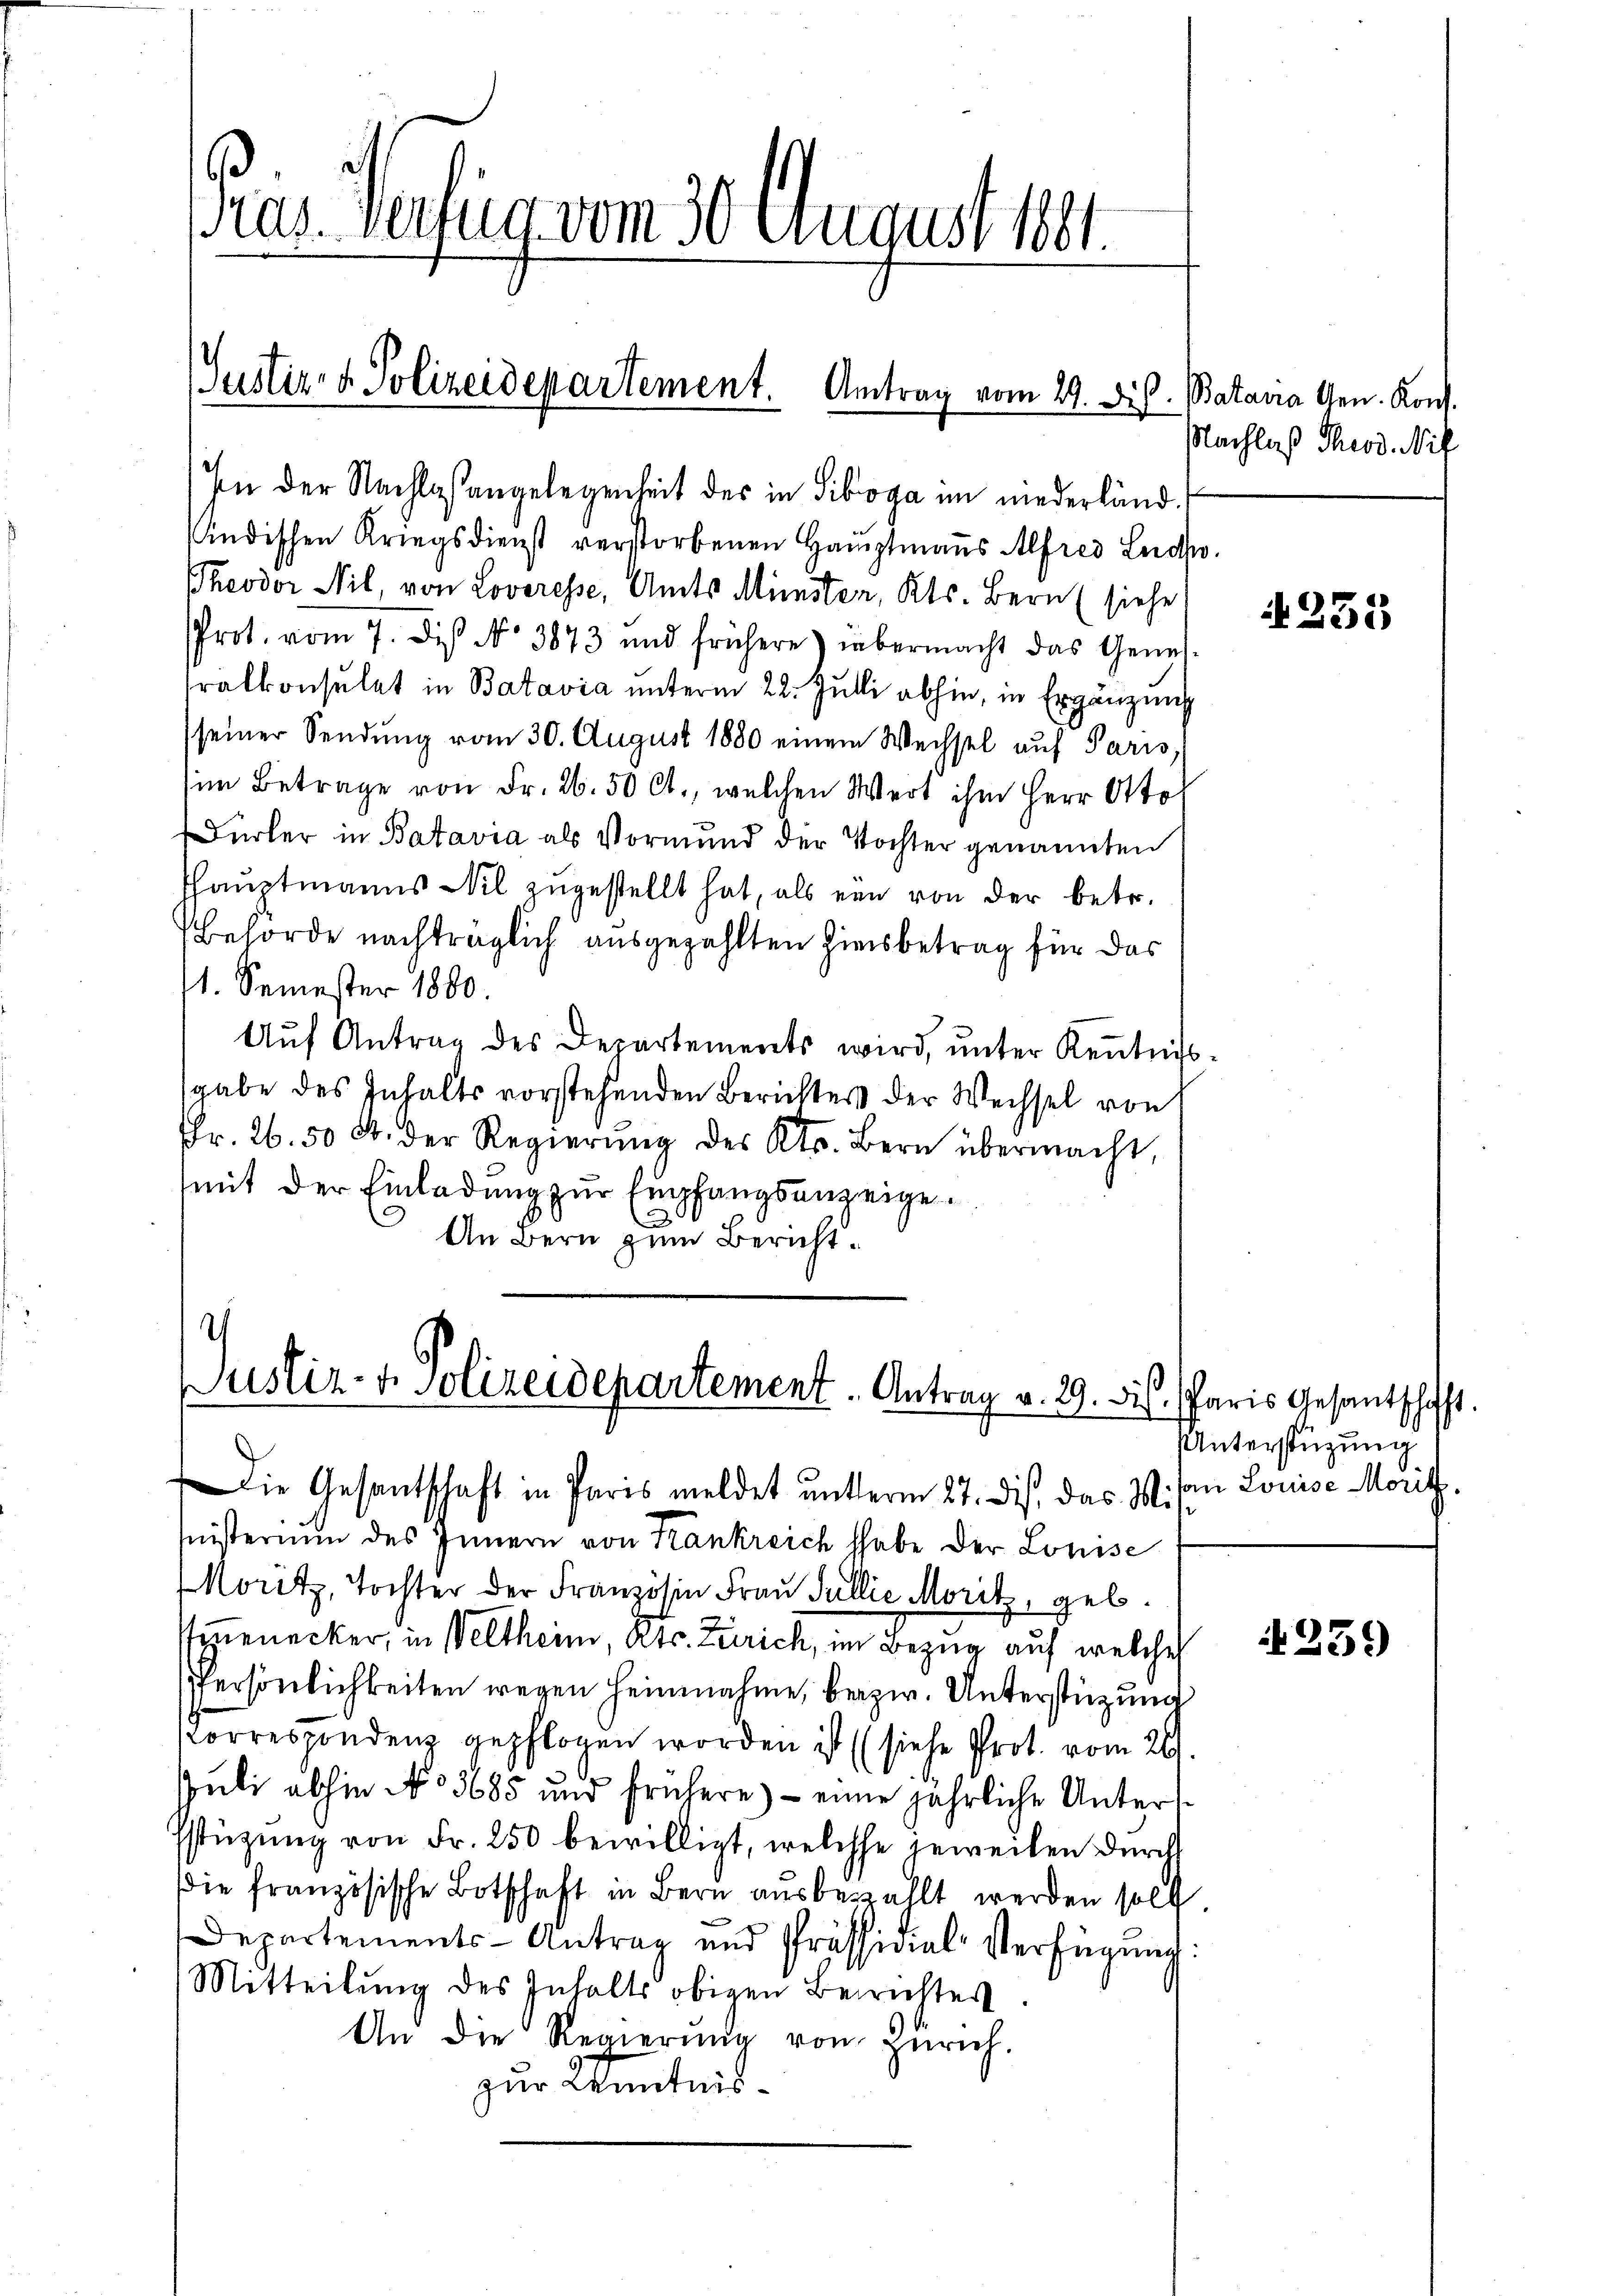
Pris Verfung vom 30. August 181.

Justiz- & Polizeidepartement. Antrag vom 29. Dis. Bataira Gen. Kon¬

In der Nachlaßangelegenheit des in Siboga im niederländ.
indischen Kriegsdienst verstorbenen Haŭptmanns Alfred Leid.
Theodor Nil, von Loveresse, Amts Münsten, Kts. Bern (siehe
Prot. vom 7. dis No. 3873 und frühere) übermacht das Geneh-
ralkonsulat in Batavia unterm 22. Julli abhin, in Ergänzung
seiner Sendung vom 30. August 1880 einem Wechsel auf Paris
im Betrage von Fr. 26. 50 l., welchen Wert ihm Herr Otto
Dürler in Batavia als Vormund der Tochter genannten
shauptmanns Nil zugestellt hat, als ein von der betr.
Behörde nachträglich ausgezahlten Zinsbetrag für das
11. Semester 1880.
Aŭf Antrag des Departements wird ŭnter Kenntnis-
sgabe des Inhalts vorstehenden Berichters der Wechsel von
Fr. 26. 50 S. der Regierŭng des Kts. Bern übermacht,
mit der Einladung zŭr Empfangsanzeige.
.
An Bern zum Bericht¬

.
Justiz- & Polizeidepartement. Antrag v. 29. ds. Paris Gesantschafft.

Die Gesantschaft in Paris meldet unterm 27. Dis, das W. an Louise Moritz,
Inisterium des Innern von Krankreich habe der Louise
Moritz, Tochter der Französin Frau Pullie Moritz, geb.
Exenecker, in Weltheim, Kts. Zürich, im Bezug auf welche
Persönlichkeiten wegen heimnahme, bezw. Unterstüzung
Korrespondenz gepflogen worden ist (siehe Prot. vom 20.
Juli abhin No 5685 und frühere - eine jährliche Unters¬
Estüzung von Fr. 250 bewilligt, welche jeweilen durch
die französische Botschaft in Bern ausbezahlt werden soll.
Departements-Antrag und Präsidial-Verfügŭng:
Mitteilŭng des Inhalts obigen Berichtes.
An die Regierŭng von Zürich.
zur Kenntnis¬

Nachlaß Theod. Nil

A 255

Unterstützung

259